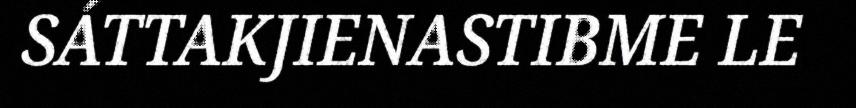
SÁTTAKJIENASTIBME LE